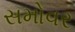
સમોવર